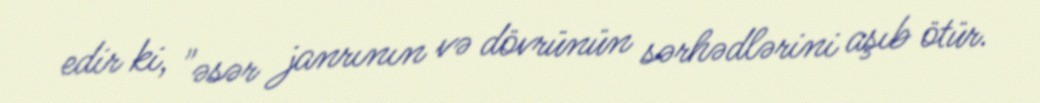
edir ki, "əsər janrının və dövrünün sərhədlərini aşıb ötür.